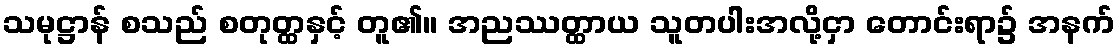
သမုဋ္ဌာန် စသည် စတုတ္ထနှင့် တူ၏။ အညဿတ္ထာယ သူတပါးအလို့ငှာ တောင်းရာ၌ အနက်